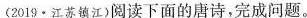
(2019·江苏镇江)阅读下面的唐诗，完成问题。